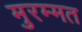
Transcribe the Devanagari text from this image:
मुरम्मत